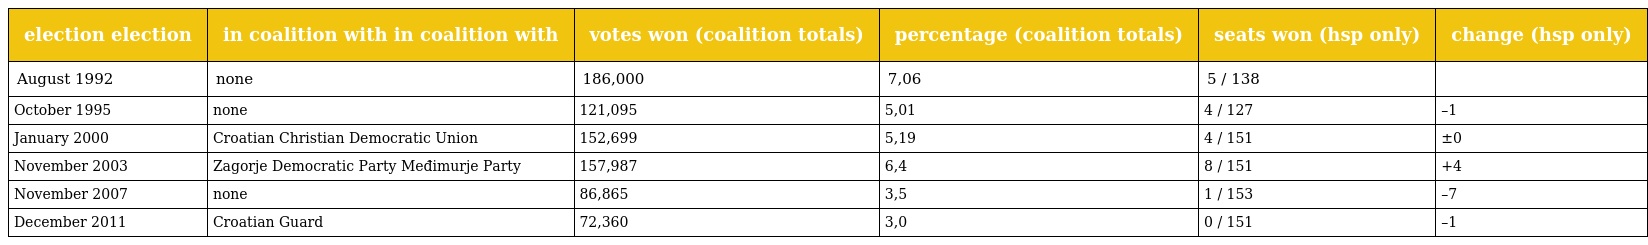
| election election | in coalition with in coalition with | votes won (coalition totals) | percentage (coalition totals) | seats won (hsp only) | change (hsp only) |
 | --- | --- | --- | --- | --- | --- |
 | August 1992 | none | 186,000 | 7,06 | 5 / 138 |  |
 | October 1995 | none | 121,095 | 5,01 | 4 / 127 | –1 |
 | January 2000 | Croatian Christian Democratic Union | 152,699 | 5,19 | 4 / 151 | ±0 |
 | November 2003 | Zagorje Democratic Party Međimurje Party | 157,987 | 6,4 | 8 / 151 | +4 |
 | November 2007 | none | 86,865 | 3,5 | 1 / 153 | –7 |
 | December 2011 | Croatian Guard | 72,360 | 3,0 | 0 / 151 | –1 |